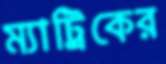
ম্যাট্রিকের